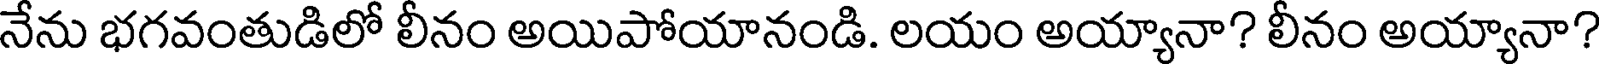
నేను భగవంతుడిలో లీనం అయిపోయానండి. లయం అయ్యానా? లీనం అయ్యానా?